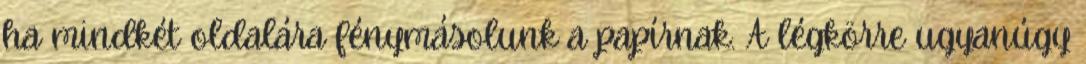
ha mindkét oldalára fénymásolunk a papírnak. A légkörre ugyanúgy